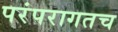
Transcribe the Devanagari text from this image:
परंपरागतच